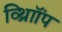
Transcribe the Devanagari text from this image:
व्थ्राॉिंप